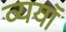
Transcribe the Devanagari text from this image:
व्ययॉ